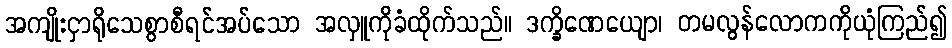
အကျိုးငှာရိုသေစွာစီရင်အပ်သော အလှူကိုခံထိုက်သည်။ ဒက္ခိဏေယျော၊ တမလွန်လောကကိုယုံကြည်၍